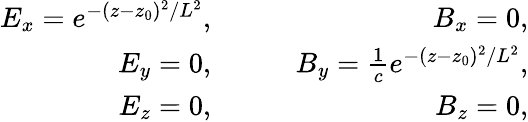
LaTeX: \begin{array}{rlr}{E_{x}=e^{-(z-z_{0})^{2}/L^{2}},}&{{}\quad}&{B_{x}=0,}\\ {E_{y}=0,}&{{}\quad}&{B_{y}=\frac{1}{c}e^{-(z-z_{0})^{2}/L^{2}},}\\ {E_{z}=0,}&{{}\quad}&{B_{z}=0,}\end{array}